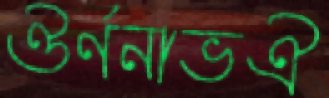
ঔর্ণনাভঐ